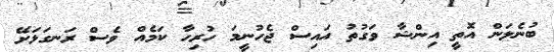
ބުނެލަން އޮތީ އިންޝާ ވަގުތު އައިސް ޖެހުނީމަ ހުރިހާ ކަމެއް ވެސް ރަނގަޅަށޭ